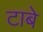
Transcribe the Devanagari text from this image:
टाबे